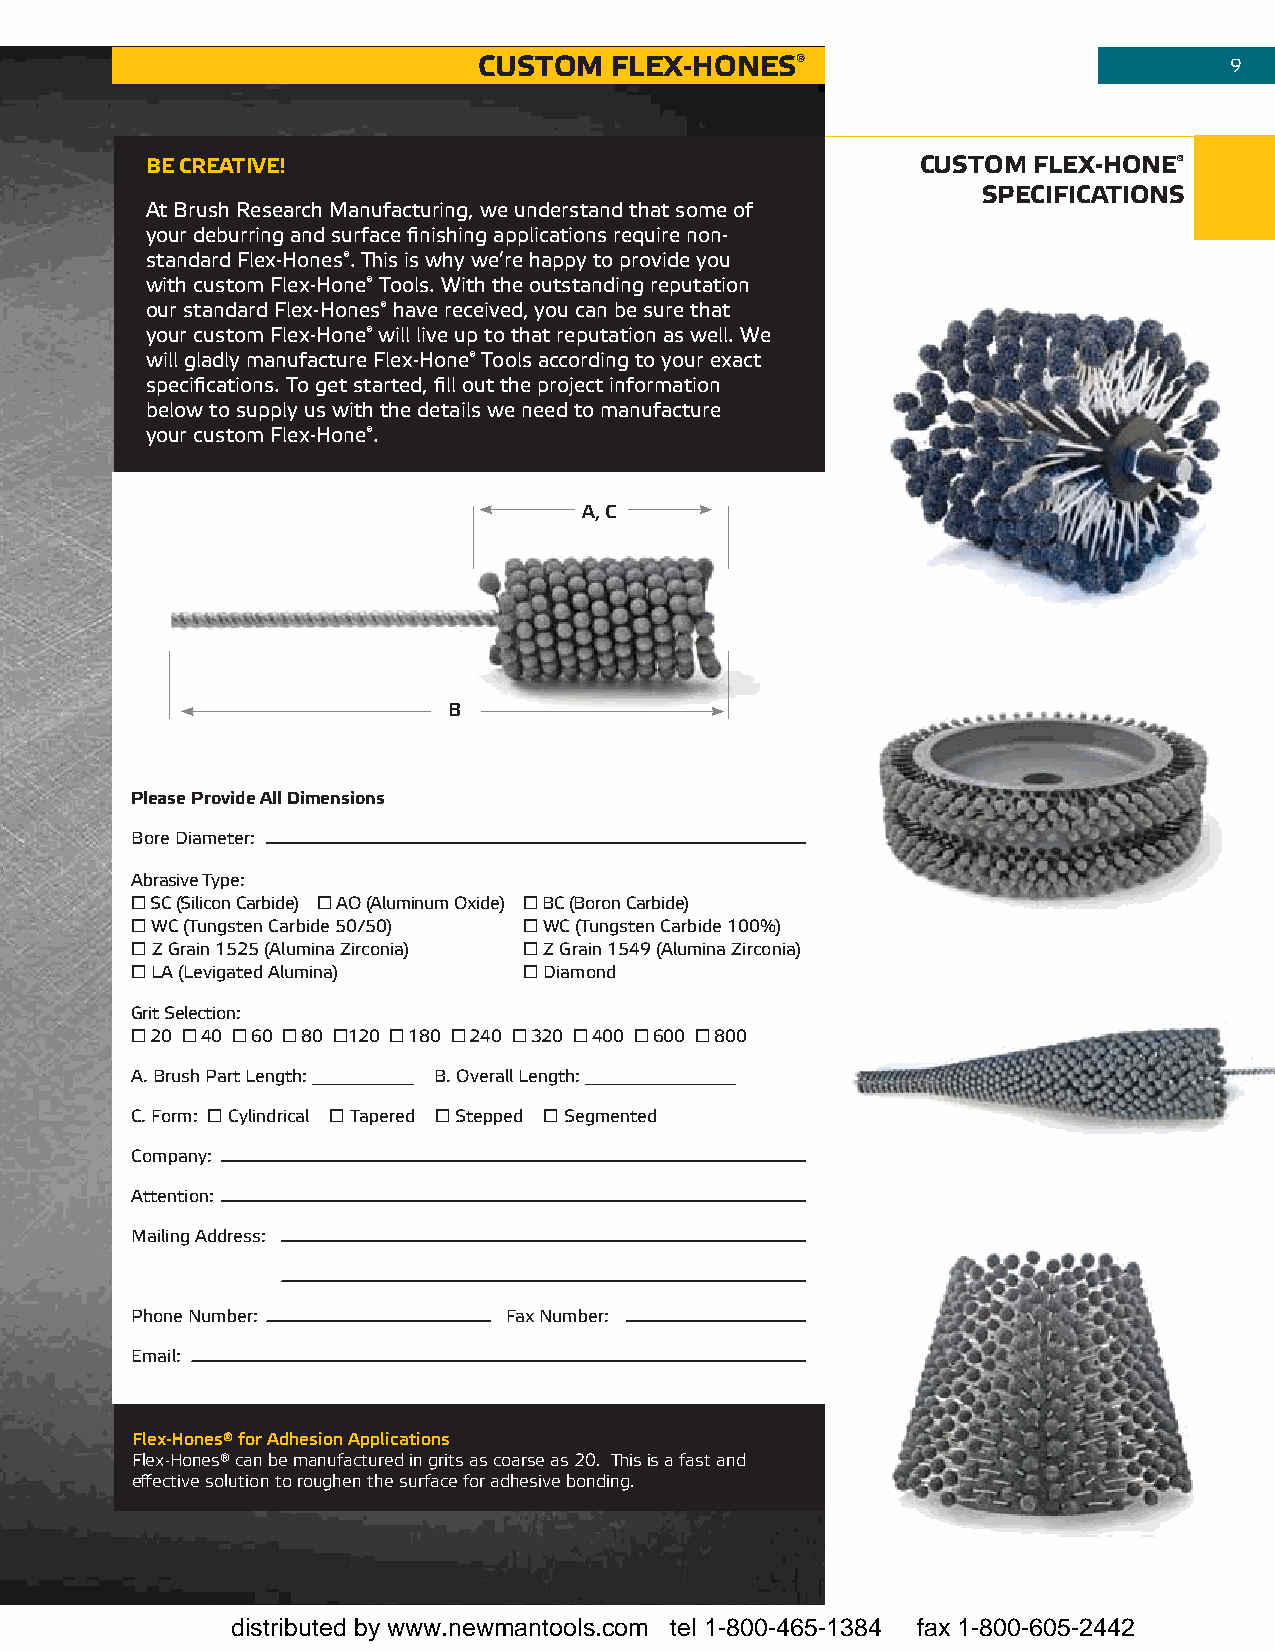
custoM  fleX-Hones®                              9
 be cReatIVe!                                       custoM fleX-Hone®
 sPecIfIcatIons
 At Brush Research Manufacturing, we understand that some of
 your deburring and surface finishing applications require non-
 standard Flex-Hones®. This is why we’re happy to provide you
 with custom Flex-Hone® Tools. With the outstanding reputation
 our standard Flex-Hones® have received, you can be sure that
 your custom Flex-Hone® will live up to that reputation as well. We
 will gladly manufacture Flex-Hone® Tools according to your exact
 specifications. To get started, fill out the project information
 below to supply us with the details we need to manufacture
 your custom Flex-Hone®.
 A, C
 B
 Please Provide all dimensions
 Bore Diameter:
 Abrasive Type:
  SC (Silicon Carbide)  AO (Aluminum Oxide)  BC (Boron Carbide)
  WC (Tungsten Carbide 50/50)  WC (Tungsten Carbide 100%)
  Z Grain 1525 (Alumina Zirconia)  Z Grain 1549 (Alumina Zirconia)
  LA (Levigated Alumina)   Diamond
 Grit Selection:
  20  40  60  80 120  180  240  320  400  600  800
 A. Brush Part Length: B. Overall Length:
 C. Form:  Cylindrical  Tapered  Stepped  Segmented
 Company:
 Attention:
 Mailing Address:
 Phone Number:            Fax Number:
 Email:
 Flex-Hones® for Adhesion Applications
 flex-hones® can be manufactured in grits as coarse as 20. This is a fast and
 effective solution to roughen the surface for adhesive bonding.
 distributed by www.newmantools.com tel 1-800-465-1384 fax 1-800-605-2442